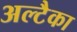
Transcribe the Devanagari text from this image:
अल्टैका